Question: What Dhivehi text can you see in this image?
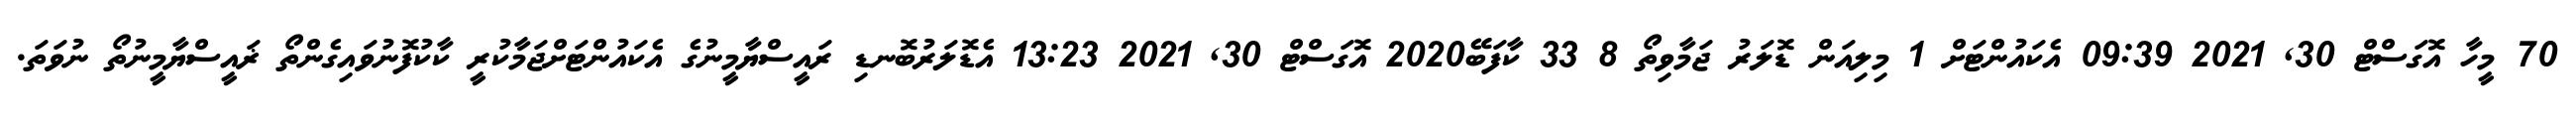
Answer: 70 މީހާ އޮގަސްޓް 30, 2021 09:39 އެކައުންޓަށް 1 މިލިއަން ޑޮލަރު ޖަމާވިތޯ 8 33 ކާފަބޭ2020 އޮގަސްޓް 30, 2021 13:23 އެޑޮލަރުބޮނޑި ރައީސްޔާމީނުގެ އެކައުންޓަށްޖަމާކުރީ ކާކުފޮނުވައިގެންތޯ ޜައީސްޔާމީނުތޯ ނުވަތަ.